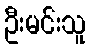
ဦးမင်းသူ